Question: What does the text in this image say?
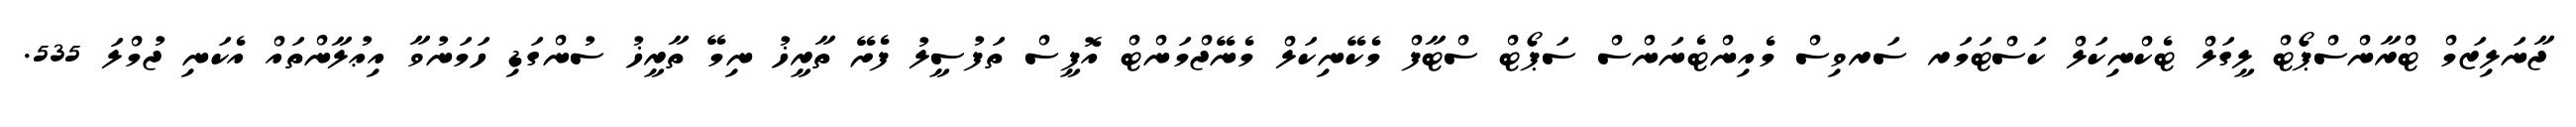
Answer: ޖާނަލިޒަމް ޓްރާންސްޕޯޓް ލީގަލް ޓެކްނިކަލް ކަސްޓަމަރ ސަރވިސް މެއިންޓެނަންސް ސަޕޯޓް ސްޓާފް މެކޭނިކަލް މެނޭޖްމަންޓް އޮފީސް ތަފުސީލު ފެށޭ ތާރީޚު ނިމޭ ތާރީޚު ސުންގަޑި ހަމަނުވާ އިޢުލާންތައް އެކަނި ޖުމްލަ 535.